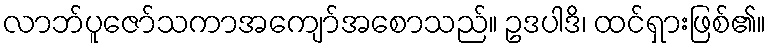
လာဘ်ပူဇော်သကာအကျော်အစောသည်။ ဥဒပါဒိ၊ ထင်ရှားဖြစ်၏။